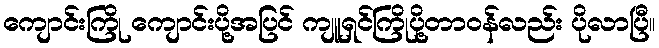
ကျောင်းကြို ကျောင်းပို့အပြင် ကျူရှင်ကြိုပို့တာဝန်လည်း ပိုလာပြီ။